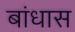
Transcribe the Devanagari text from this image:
बांधास